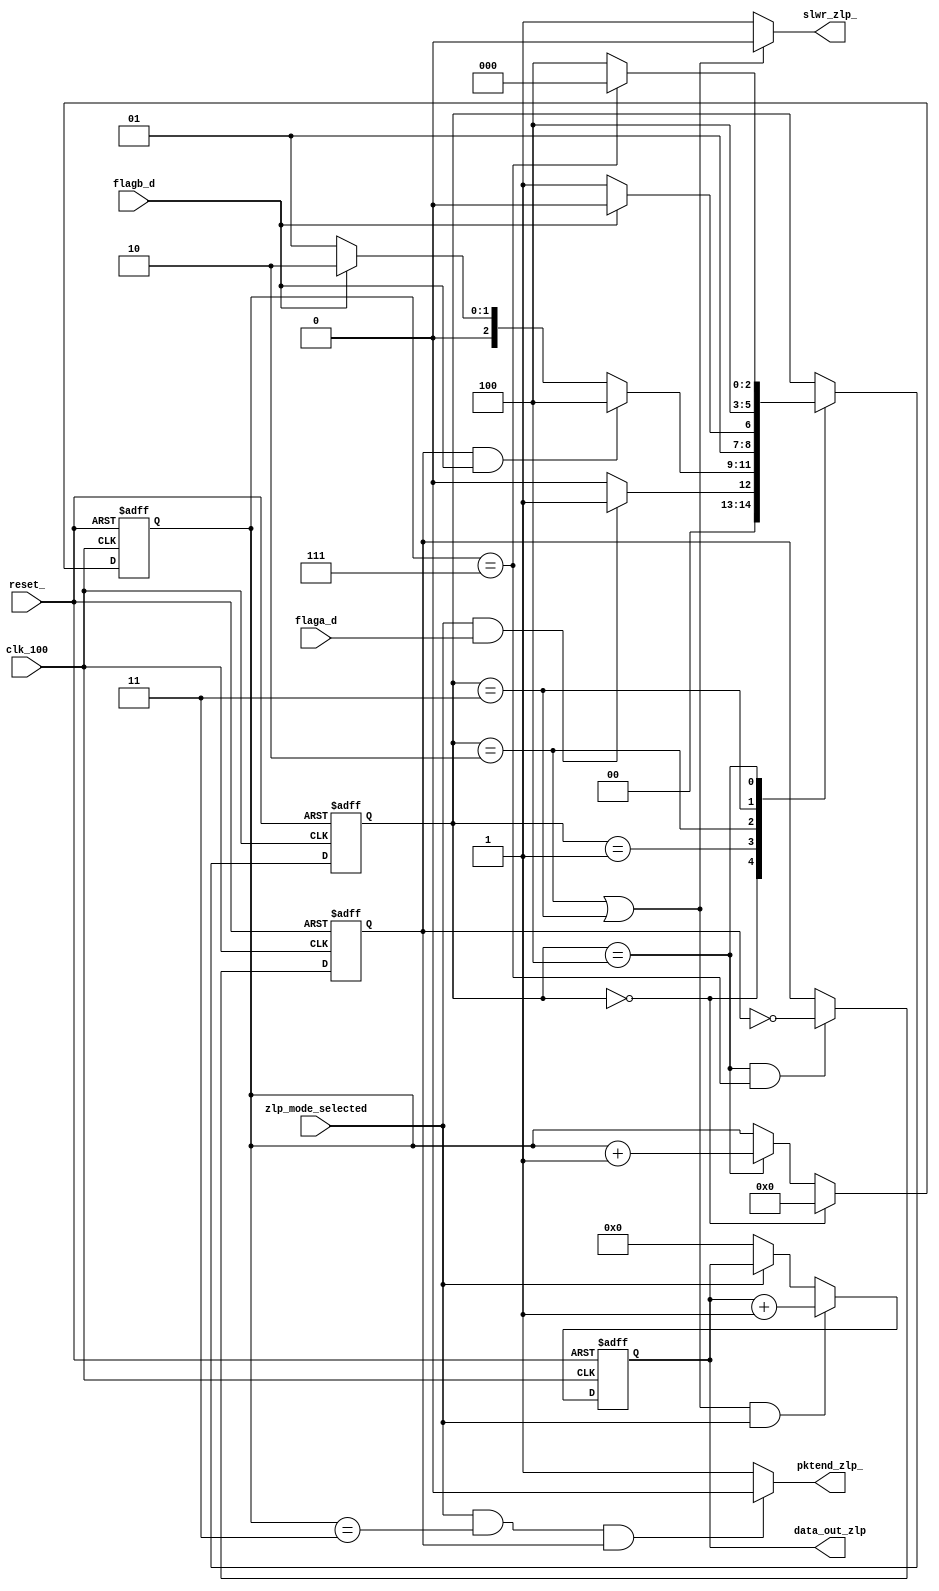
module slaveFIFO2b_ZLP(
	input  reset_,
        input  clk_100,
        input  zlp_mode_selected,
        input  flaga_d,
        input  flagb_d,
        output slwr_zlp_,
	output pktend_zlp_,
        output [31:0] data_out_zlp
);

reg [2:0]current_zlp_state;
reg [2:0]next_zlp_state;

//parameters for ZLP mode state machine
parameter [2:0] zlp_idle                          = 3'd0;
parameter [2:0] zlp_wait_flagb              	  = 3'd1;
parameter [2:0] zlp_write                   	  = 3'd2;
parameter [2:0] zlp_write_wr_delay          	  = 3'd3;
parameter [2:0] zlp_wait		          = 3'd4;

reg [3:0]strob_cnt;
reg      strob;
reg [31:0]data_gen_zlp;
reg      pktend_;  


assign slwr_zlp_ = ((current_zlp_state == zlp_write) | (current_zlp_state == zlp_write_wr_delay)) ? 1'b0 : 1'b1;


//counter to generate the strob for ZLP data pkts
always @(posedge clk_100, negedge reset_)begin
	if(!reset_)begin 
		strob_cnt <= 4'd0;
	end else if(current_zlp_state == zlp_idle)begin
		strob_cnt <= 4'd0;
	end else if(current_zlp_state == zlp_wait)begin
		strob_cnt <= strob_cnt + 1'b1;
	end	
end

//Strob logic
always@(posedge clk_100, negedge reset_)begin
	if(!reset_)begin
		strob <= 1'b0;
	end else if((current_zlp_state == zlp_wait) && (strob_cnt == 4'b0111)) begin
		strob <= !strob;
	end
end

always@(*)begin
	if(zlp_mode_selected & (strob_cnt == 4'b0011) & (strob == 1'b1))begin
		pktend_ = 1'b0;
	end else begin
		pktend_ = 1'b1;
	end
end

assign pktend_zlp_ = pktend_;


//ZLP mode state machine
always @(posedge clk_100, negedge reset_)begin
	if(!reset_)begin 
		current_zlp_state <= zlp_idle;
	end else begin
		current_zlp_state <= next_zlp_state;
	end	
end

//ZLP mode state machine combo
always@(*)begin
	next_zlp_state = current_zlp_state;
	case(current_zlp_state)
	zlp_idle:begin
		if((zlp_mode_selected) & (flaga_d == 1'b1))begin
			next_zlp_state = zlp_wait_flagb; 
		end else begin
			next_zlp_state = zlp_idle;
		end	
	end
	zlp_wait_flagb :begin
		if((strob == 1'b1) & (flagb_d == 1'b1))begin
			next_zlp_state = zlp_wait;
		end else if (flagb_d == 1'b1)begin
			next_zlp_state = zlp_write; 
		end else begin
			next_zlp_state = zlp_wait_flagb; 
		end
	end
	zlp_write:begin
		if(flagb_d == 1'b0)begin
			next_zlp_state = zlp_write_wr_delay;
		end else begin
		 	next_zlp_state = zlp_write;
		end
	end
        zlp_write_wr_delay:begin
		next_zlp_state = zlp_wait;
	end
	zlp_wait:begin
		if(strob_cnt == 4'b0111)begin
			next_zlp_state = zlp_idle;
		end else begin
			next_zlp_state = zlp_wait;
		end
	end	
	endcase
end

//data generator counter for zlp mode
always @(posedge clk_100, negedge reset_)begin
	if(!reset_)begin 
		data_gen_zlp <= 32'd0;
	end else if((slwr_zlp_ == 1'b0) & (zlp_mode_selected)) begin
		data_gen_zlp <= data_gen_zlp + 1;
	end else if (!zlp_mode_selected) begin
		data_gen_zlp <= 32'd0;
	end	
end

assign data_out_zlp = data_gen_zlp;

endmodule